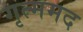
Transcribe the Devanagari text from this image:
गृत्ममद